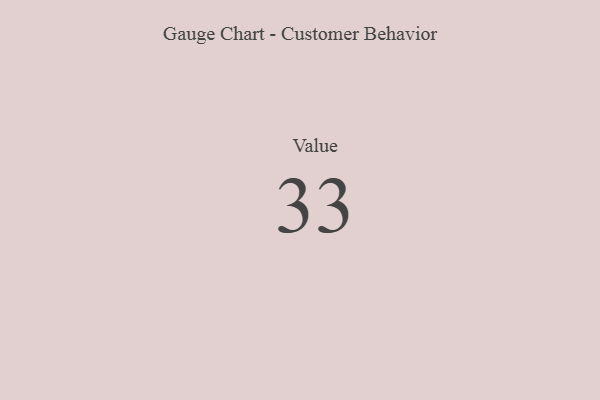
{"axis": {"x": "Metric", "y": "Value"}, "legend": [""], "data": [{"x": "Value", "y": 33, "type": ""}]}